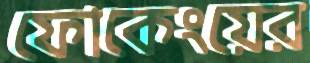
ফোকেংয়ের